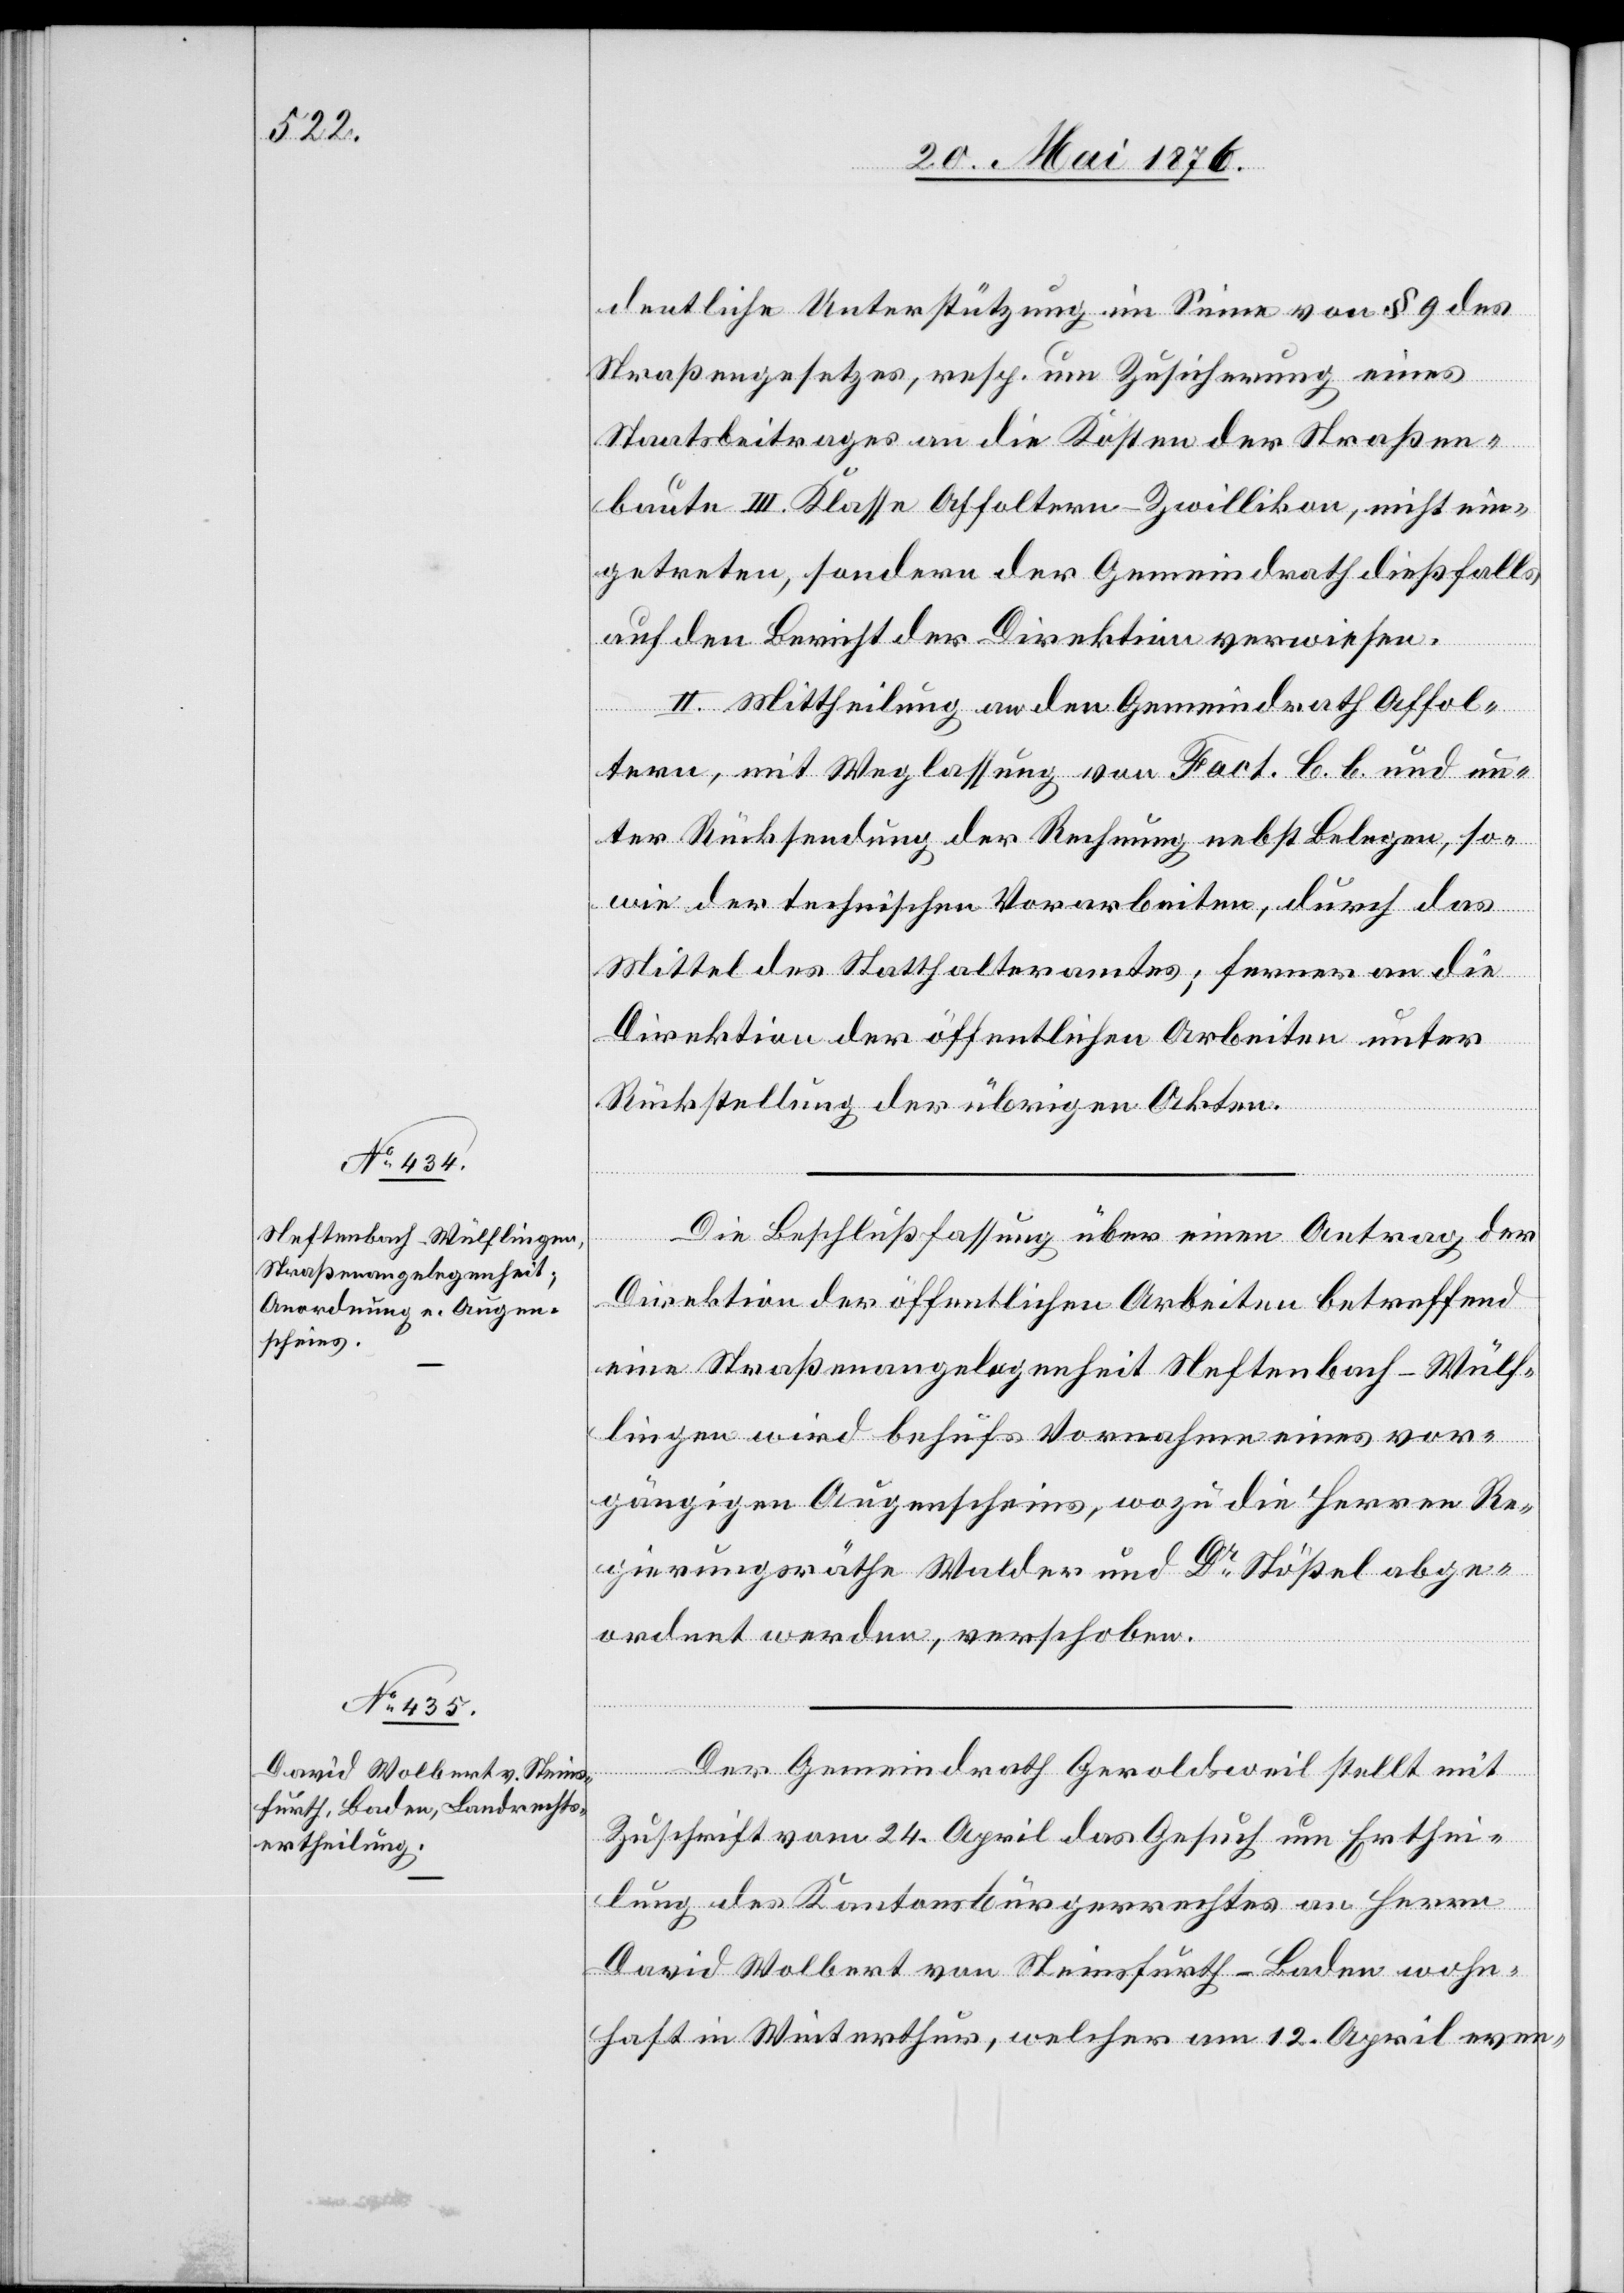
dentliche Unterstützung im Sinne von 1 9 des
Straßengesetzes, resp. um Zusicherung eines
Staatsbeitrages an die Kosten der Straßen¬
baute III. Klasse Affoltern–Zwillikon, nicht ein¬
getreten, sondern der Gemeindrath dießfalls
auf den Bericht der Direktion verwiesen.
II. Mittheilung an den Gemeindrath Affol¬
tern, mit Weglassung von Fact. C. b. und un¬
ter Rücksendung der Rechnung nebst Belegen, so¬
wie der technischen Vorarbeiten, durch das
Mittel des Statthalteramtes; ferner an die
Direktion der öffentlichen Arbeiten unter
Rückstellung der übrigen Akten.
Die Beschlußfassung über einen Antrag der
Direktion der öffentlichen Arbeiten betreffend
eine Straßenangelegenheit Neftenbach–Wülf¬
lingen wird behufs Vornahme eines vor¬
gängigen Augenscheins, wozu die Herren Re¬
gierungsräthe Walder und Dr Stößel abge¬
ordnet werden, verschoben.
Der Gemeindrath Geroldsweil stellt mit
Zuschrift vom 24. April das Gesuch um Erthei¬
lung des Kantonsbürgerrechtes an Herrn
David Wolbert von Steinsfurth - Baden wohn¬
haft in Winterthur, welcher am 12. April even-